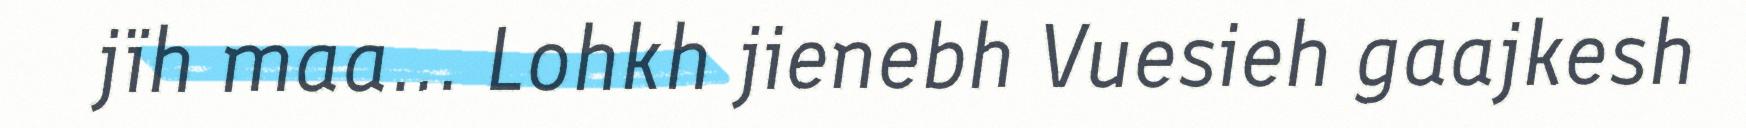
jïh maa... Lohkh jienebh Vuesieh gaajkesh